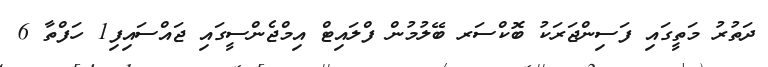
ދަތުރު މަތީގައި ފަސިންޖަރަކު ބޮކްސަރ ބޭލުމުން ފްލައިޓް އިމްޖެންސީގައި ޖައްސައިފި1 ހަފްތާ 6